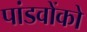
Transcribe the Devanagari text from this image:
पांडवोंको